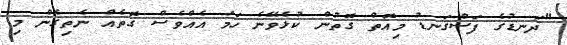
"ދަނޑުގެ ފަސްގަނޑު މިއޮތް ގޮތުން ކުޅެވޭނެ ހަމަ އެއްވެސް ގޮތެއް ނެތިގެން މި